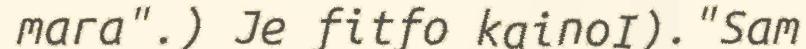
mara".) Je fitfo kainoI)."Sam